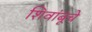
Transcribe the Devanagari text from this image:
शिवांबूचे